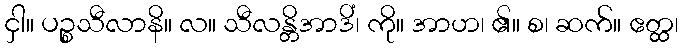
ငှါ။ ပဉ္စသီလာနိ။ လ။ သီလန္တိအာဒိံ၊ ကို။ အာဟ၊ ၏။ စ၊ ဆက်။ ဧတ္ထ၊